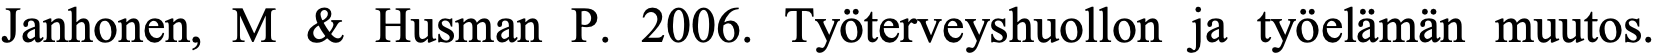
Janhonen, M & Husman P. 2006. Työterveyshuollon ja työelämän muutos.